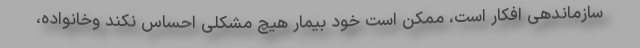
سازماندهی افکار است، ممکن است خود بیمار هیچ مشکلی احساس نکند وخانواده،